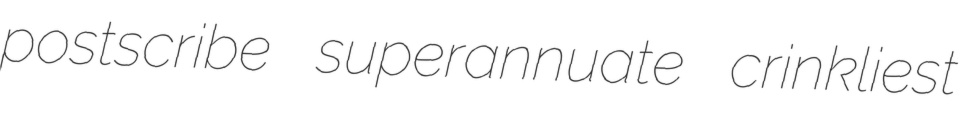
postscribe superannuate crinkliest